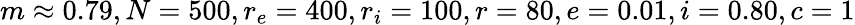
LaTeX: m\approx 0.79,N=500,r_{e}=400,r_{i}=100,r=80,e=0.01,i=0.80,c=1